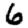
Digit: 6